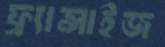
ফ্র্যান্সাইজ